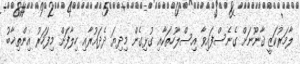
ލާމަރުކަޒީ ޤާނޫނަށް ގެނެސްފައިވާ އިސްލާހުތަކާއި ގުޅިގެން މިދިޔަ ދެދައުރާއި ހިލާފަށް މިފަހަރު އިންތިޚާބު